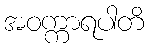
အဝက္ကာရပါတိ